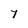
Character: t